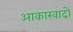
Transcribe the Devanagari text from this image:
आकारवादों